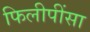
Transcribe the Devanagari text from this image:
फिलीपींसा